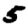
Digit: 5